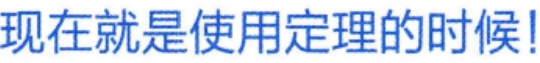
现在就是使用定理的时候!